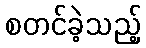
စတင်ခဲ့သည့်